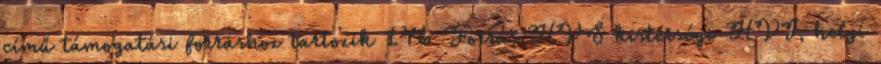
című támogatási forráshoz tartozik 146 Forrás:HVS kistérségi HVI, helyi